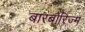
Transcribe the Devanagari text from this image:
बारबोरिज्म